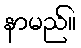
နာမည်။